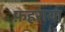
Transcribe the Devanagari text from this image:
फ़हराया